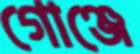
গোঞ্জে